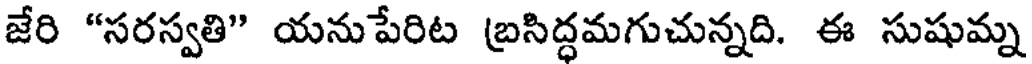
జేరి "సరస్వతి" యనుపేరిట బ్రసిద్ధమగుచున్నది. ఈ సుషుమ్న